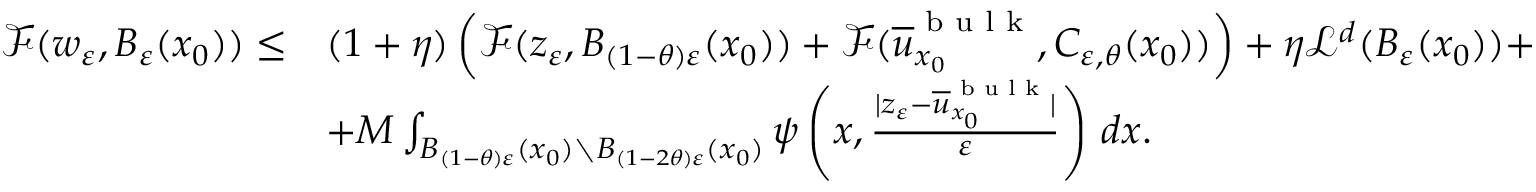
\begin{array} { r l } { \mathcal { F } ( w _ { \varepsilon } , B _ { \varepsilon } ( x _ { 0 } ) ) \leq } & { ( 1 + \eta ) \left( \mathcal { F } ( z _ { \varepsilon } , B _ { ( 1 - \theta ) \varepsilon } ( x _ { 0 } ) ) + \mathcal { F } ( \overline { { u } } _ { x _ { 0 } } ^ { \textnormal { b u l k } } , C _ { \varepsilon , \theta } ( x _ { 0 } ) ) \right) + \eta \mathcal { L } ^ { d } ( B _ { \varepsilon } ( x _ { 0 } ) ) + } \\ & { + M \int _ { B _ { ( 1 - \theta ) \varepsilon } ( x _ { 0 } ) \setminus B _ { ( 1 - 2 \theta ) \varepsilon } ( x _ { 0 } ) } \psi \left( x , \frac { | z _ { \varepsilon } - \overline { { u } } _ { x _ { 0 } } ^ { \textnormal { b u l k } } | } { \varepsilon } \right) \, d x . } \end{array}